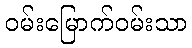
ဝမ်းမြောက်ဝမ်းသာ